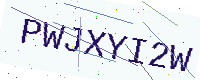
Text: PWJXYI2W